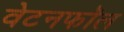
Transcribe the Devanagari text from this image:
वेटनफॉल